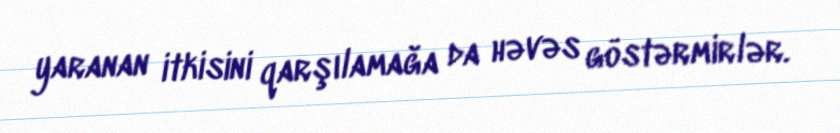
yaranan itkisini qarşılamağa da həvəs göstərmirlər.